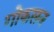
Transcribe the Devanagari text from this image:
गोकसन